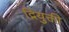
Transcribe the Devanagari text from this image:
द्नियुक्ती